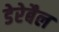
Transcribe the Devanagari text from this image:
डेरेबैल